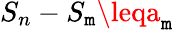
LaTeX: S_{n}-S_{\mathtt{m}}\leqa_{\mathtt{m}}